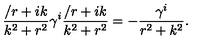
{ \frac { \slash { r } + i k } { k ^ { 2 } + r ^ { 2 } } } \gamma ^ { i } { \frac { \slash { r } + i k } { k ^ { 2 } + r ^ { 2 } } } = - { \frac { \gamma ^ { i } } { r ^ { 2 } + k ^ { 2 } } } .